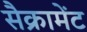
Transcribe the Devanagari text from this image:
सैक्रामेंट